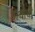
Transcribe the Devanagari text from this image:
ऋचांची